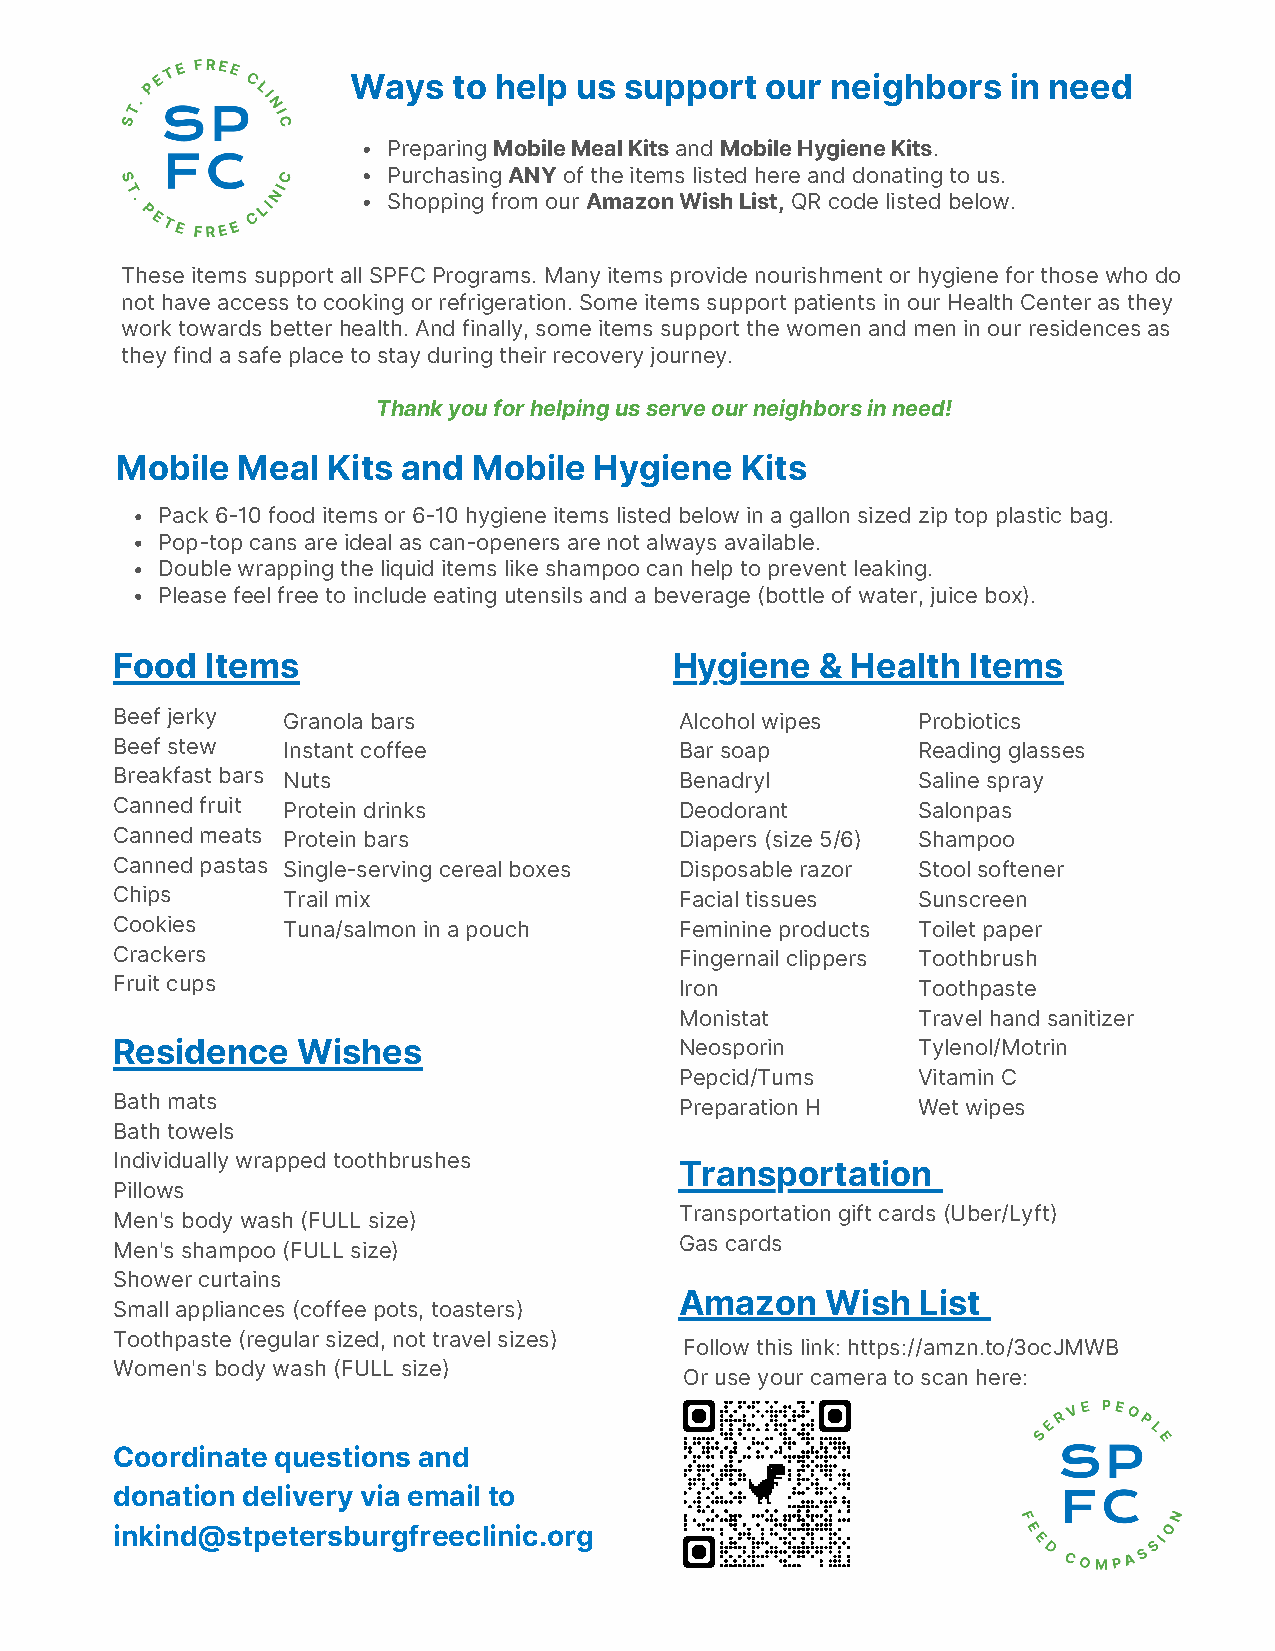
Ways   to help us support   our neighbors   in need
 Preparing Mobile Meal Kits and Mobile Hygiene Kits.
 Purchasing ANY of the items listed here and donating to us.
 Shopping from our Amazon Wish List, QR code listed below.
 These items support all SPFC Programs. Many items provide nourishment or hygiene for those who do
 not have access to cooking or refrigeration. Some items support patients in our Health Center as they
 work towards better health. And finally, some items support the women and men in our residences as
 they find a safe place to stay during their recovery journey.
 Thank you for helping us serve our neighbors in need!
 Mobile  Meal  Kits and Mobile  Hygiene   Kits
 Pack 6-10 food items or 6-10 hygiene items listed below in a gallon sized zip top plastic bag.
 Pop-top cans are ideal as can-openers are not always available.
 Double wrapping the liquid items like shampoo can help to prevent leaking.
 Please feel free to include eating utensils and a beverage (bottle of water, juice box).
 Food   Items                          Hygiene  & Health  Items
 Beef jerky  Granola bars              Alcohol wipes   Probiotics
 Beef stew   Instant coffee            Bar soap        Reading glasses
 Breakfast bars Nuts                   Benadryl        Saline spray
 Canned fruit Protein drinks           Deodorant       Salonpas
 Canned meats Protein bars             Diapers (size 5/6) Shampoo
 Canned pastas Single-serving cereal boxes Disposable razor Stool softener
 Chips       Trail mix                 Facial tissues  Sunscreen
 Cookies     Tuna/salmon in a pouch    Feminine products Toilet paper
 Crackers                              Fingernail clippers Toothbrush
 Fruit cups                            Iron            Toothpaste
 Monistat        Travel hand sanitizer
 Residence    Wishes                   Neosporin       Tylenol/Motrin
 Pepcid/Tums     Vitamin C
 Bath mats                             Preparation H   Wet wipes
 Bath towels
 Individually wrapped toothbrushes
 Transportation
 Pillows
 Transportation gift cards (Uber/Lyft)
 Men's body wash (FULL size)
 Gas cards
 Men's shampoo (FULL size)
 Shower curtains
 Amazon    Wish  List
 Small appliances (coffee pots, toasters)
 Toothpaste (regular sized, not travel sizes)
 Follow this link: https://amzn.to/3ocJMWB
 Women's body wash (FULL size)
 Or use your camera to scan here:
 Coordinate questions and
 donation delivery via email to
 inkind@stpetersburgfreeclinic.org